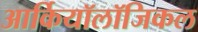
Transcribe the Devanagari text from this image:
आर्कियॉलॉजिकल